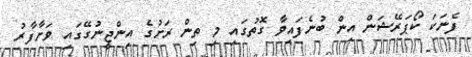
ފެނަކަ ކޯޕަރޭޝަން އިން ބުނެފައިވާ ގޮތުގައި މި ތިން ރަށުގެ އިންޖީނުގޭގައި ވަށާފާރު